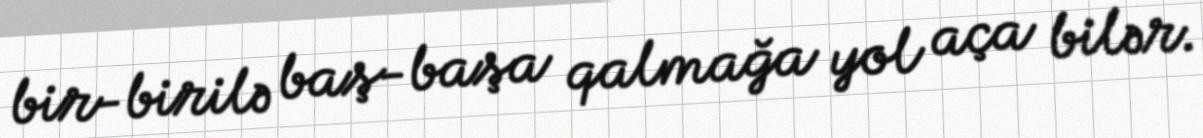
bir-birilə baş-başa qalmağa yol aça bilər.